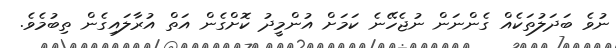
ނުވެ ބަދަލުތަކެއް ގެންނަން ނުޖެހޭނެ ކަމަށް އުންމީދު ކޮށްގެން އަތް އުރާލައިގެން ތިބުމެވެ.